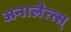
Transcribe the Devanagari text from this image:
अनालैत्त्स्